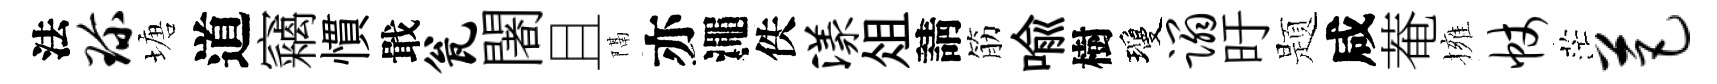
法珍塘道竊慣戢瓮闍且隔亦澠佚漾俎請筋喩樹瓊蹋旴题咸菴擁帐茫芭